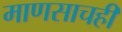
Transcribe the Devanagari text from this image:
माणसाचही